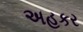
અહકર